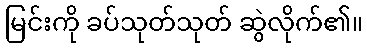
မြင်းကို ခပ်သုတ်သုတ် ဆွဲလိုက်၏။